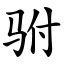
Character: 驸